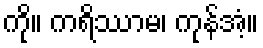
ကို။ ကရိဿာမ၊ ကုန်အံ့။